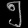
Digit: ၅